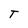
Character: T